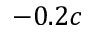
- 0 . 2 c